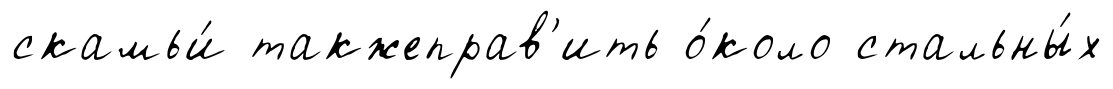
скамьи́ такжеправ'ить о́коло стальны́х